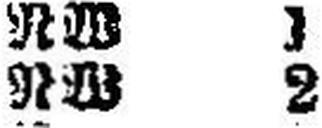
RW 2